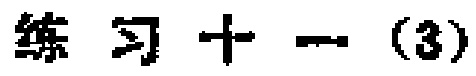
练习十一（3）